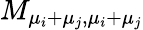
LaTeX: M_{\mu_{i}+\mu_{j},\mu_{i}+\mu_{j}}